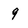
Character: 9